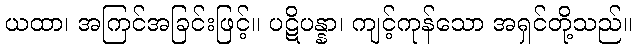
ယထာ၊ အကြင်အခြင်းဖြင့်။ ပဋိပန္နာ၊ ကျင့်ကုန်သော အရှင်တို့သည်။